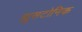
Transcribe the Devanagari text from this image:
ह्युसटोनिक